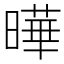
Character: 曄